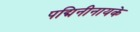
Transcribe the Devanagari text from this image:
पद्मिनीनायके